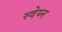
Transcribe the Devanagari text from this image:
स्वेय्न